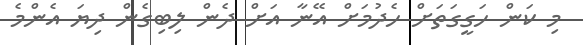
މި ކަން ހަގީގަތަށް ހެދުމަށް އޭނާ އަށް ދެން ލިބިގެން ދިޔަ އެންމެ